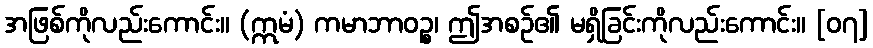
အဖြစ်ကိုလည်းကောင်း။ (ဣမံ) ကမာဘာဝဉ္စ၊ ဤအစဉ်၏ မရှိခြင်းကိုလည်းကောင်း။ [၀၇]